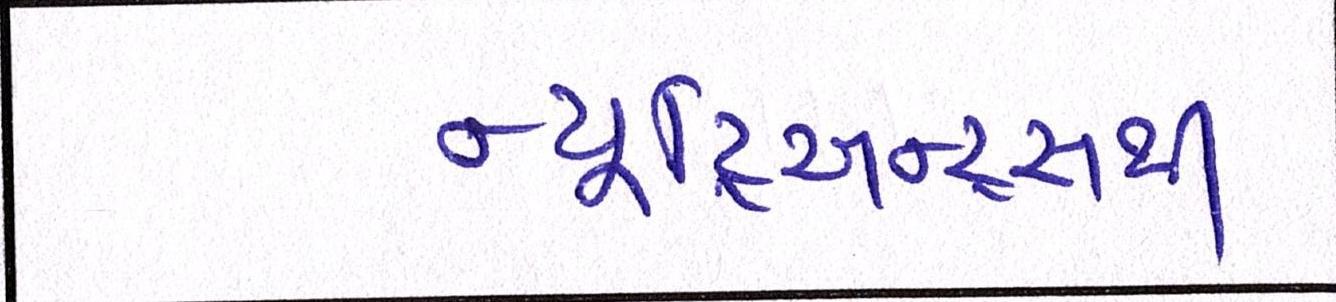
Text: ન્યૂટ્રિઅન્ટ્સથી